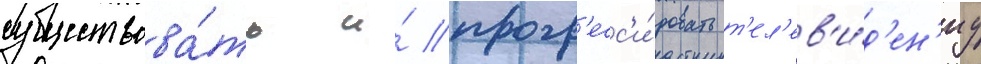
существова́ть и́ прогр'есс'и́ровать т'ел'ев'и́д'ен'иу